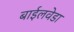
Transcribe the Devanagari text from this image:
बाईलवेडा